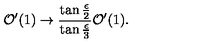
{ \cal O } ^ { \prime } ( 1 ) \to \frac { \tan \frac { \epsilon } { 2 } } { \tan \frac { \epsilon } { 3 } } { \cal O } ^ { \prime } ( 1 ) .